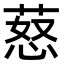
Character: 𦵚